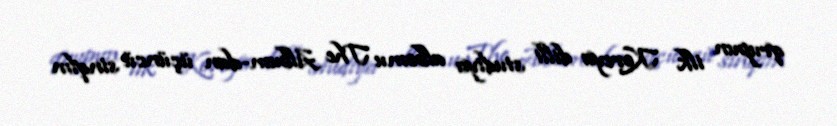
qrupun ilk Koreya dilli studiya albomu The Album-dan üçüncü sinqlın